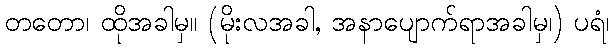
တတော၊ ထိုအခါမှ။ (မိုးလအခါ, အနာပျောက်ရာအခါမှ၊) ပရံ၊